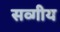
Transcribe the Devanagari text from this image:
सव्गीय